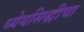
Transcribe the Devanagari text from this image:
ध्येयसिद्धीचा